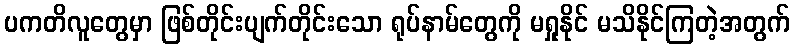
ပကတိလူတွေမှာ ဖြစ်တိုင်းပျက်တိုင်းသော ရုပ်နာမ်တွေကို မရှုနိုင် မသိနိုင်ကြတဲ့အတွက်